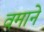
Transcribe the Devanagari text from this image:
वमाने